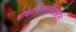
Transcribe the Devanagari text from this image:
बोकेल्बेर्ग्स्तदिओन्